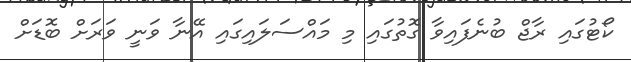
ކޯޓުގައި ރާޖް ބުނެފައިވާ ގޮތުގައި މި މައްސަލައިގައި އޭނާ ވަނީ ވަރަށް ބޮޑަށް